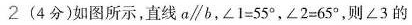
2(4分)如图所示，直线a\parallel b，$$\angle 1 = 5 5 °$$，$$\angle